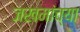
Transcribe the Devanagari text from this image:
जखमांच्या